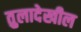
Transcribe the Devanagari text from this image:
तुलादेखील